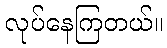
လုပ်နေကြတယ်။